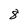
Character: 8